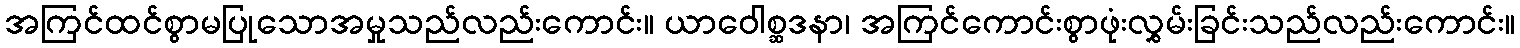
အကြင်ထင်စွာမပြုသောအမှုသည်လည်းကောင်း။ ယာဝေါစ္ဆဒနာ၊ အကြင်ကောင်းစွာဖုံးလွှမ်းခြင်းသည်လည်းကောင်း။